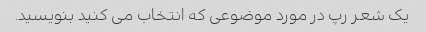
یک شعر رپ در مورد موضوعی که انتخاب می کنید بنویسید.